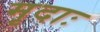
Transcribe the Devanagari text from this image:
मृदाः